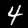
Label: 4